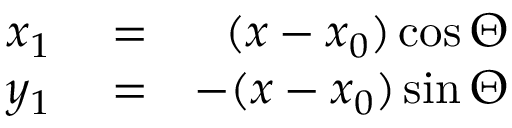
\begin{array} { r l r } { x _ { 1 } } & { { } = } & { ( x - x _ { 0 } ) \cos \Theta } \\ { y _ { 1 } } & { { } = } & { - ( x - x _ { 0 } ) \sin \Theta } \end{array}